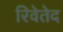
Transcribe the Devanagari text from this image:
रिवेतेद